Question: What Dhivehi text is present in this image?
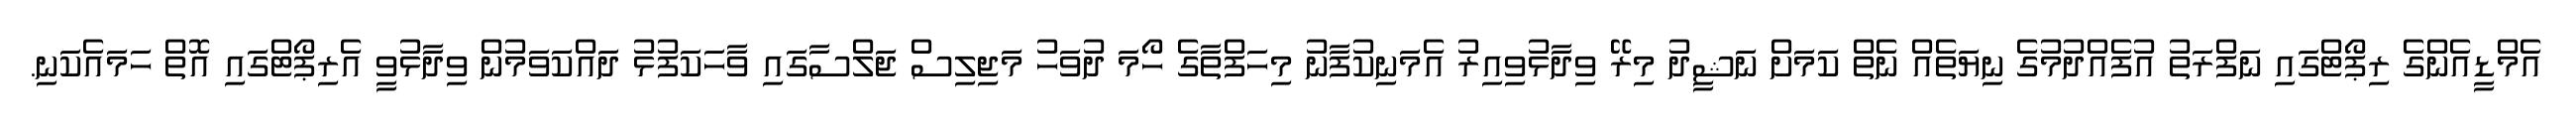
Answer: އެމްޑީއެންގެ ރިޕޯޓްގައި ނަފްރަތު އުފެއްދުމުގެ ނިޔަތެއް ނެތް ކަމަށް ނަޝީދު މިރޭ ވިދާޅުވިއިރު އެމަނިކުފާނު މިހަފްތާގެ ހޯމަ ދުވަހު މަޖިލިސް ޖަލްސާގައި ވާހަކަފުޅު ދައްކަވަމުން ވިދާޅުވީ އެރިޕޯޓްގައި އޮތް ހަމައެކަނި.